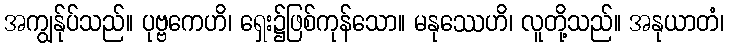
အကျွန်ုပ်သည်။ ပုဗ္ဗကေဟိ၊ ရှေး၌ဖြစ်ကုန်သော။ မနုဿေဟိ၊ လူတို့သည်။ အနုယာတံ၊